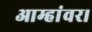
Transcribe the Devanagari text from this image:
आम्हांवर।